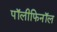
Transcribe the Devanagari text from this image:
पॉलीफिनॉल